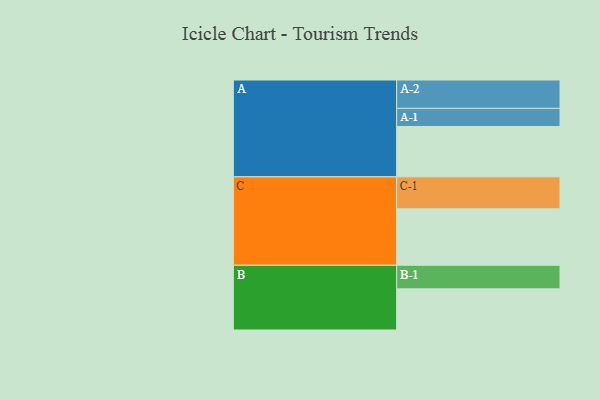
{"axis": {"x": "Segment", "y": "Value"}, "legend": ["", "A", "B", "C"], "data": [{"x": "A", "y": 389, "type": ""}, {"x": "B", "y": 318, "type": ""}, {"x": "C", "y": 436, "type": ""}, {"x": "A-1", "y": 140, "type": "A"}, {"x": "A-2", "y": 219, "type": "A"}, {"x": "B-1", "y": 182, "type": "B"}, {"x": "C-1", "y": 247, "type": "C"}]}